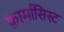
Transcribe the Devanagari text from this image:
फ़ार्मासिस्ट